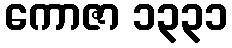
ကောဇာ ၁၃၃၁